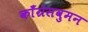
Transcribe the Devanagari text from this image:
काँग्रेसवुमन